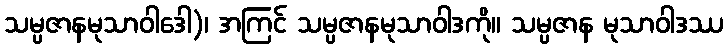
သမ္ပဇာနမုသာဝါဒေါ)၊ အကြင် သမ္ပဇာနမုသာဝါဒကို။ သမ္ပဇာန မုသာဝါဒဿ